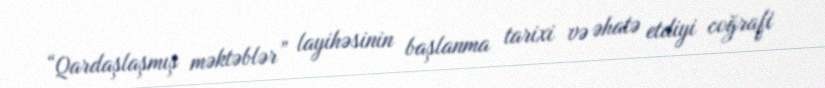
“Qardaşlaşmış məktəblər” layihəsinin başlanma tarixi və əhatə etdiyi coğrafi